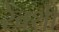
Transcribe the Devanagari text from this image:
रेवथी